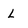
Character: L